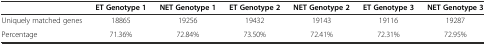
<table><thead><tr><td>[EMPTY_CELL]</td><td><b>ET Genotype 1</b></td><td><b>NET Genotype 1</b></td><td><b>ET Genotype 2</b></td><td><b>NET Genotype 2</b></td><td><b>ET Genotype 3</b></td><td><b>NET Genotype 3</b></td></tr></thead><tbody><tr><td>Uniquely matched genes</td><td>18865</td><td>19256</td><td>19432</td><td>19143</td><td>19116</td><td>19287</td></tr><tr><td>Percentage</td><td>71.36%</td><td>72.84%</td><td>73.50%</td><td>72.41%</td><td>72.31%</td><td>72.95%</td></tr></tbody></table>